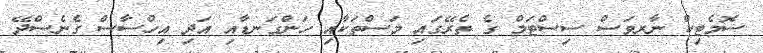
ސޮމެޓިކް ނާރވަސް ސިސްޓަމް ގެ ތެރޭގައި މަސްތަކާއި ހަންގަނޑާއި އަދި އިހްސާސް ގެނެސްދޭ